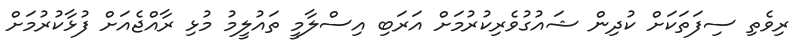
ރިވެތި ސިފަތަކަށް ކުދިން ޝައުގުވެރިކުރުމަށް އަރަބި އިސްލާމީ ތައުލީމު މުޅި ރާއްޖެއަށް ފުޅާކުރުމަށް